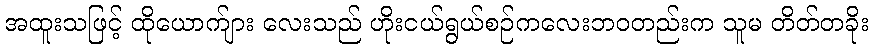
အထူးသဖြင့် ထိုယောက်ျား လေးသည် ဟိုးငယ်ရွယ်စဉ်ကလေးဘဝတည်းက သူမ တိတ်တခိုး